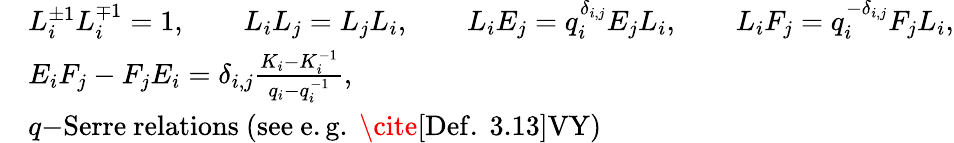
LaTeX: \begin{array}{rl}&{L_{i}^{\pm 1}L_{i}^{\mp 1}=1,\qquad L_{i}L_{j}=L_{j}L_{i},\qquad L_{i}E_{j}=q_{i}^{\delta_{i,j}}E_{j}L_{i},\qquad L_{i}F_{j}=q_{i}^{-\delta_{i,j}}F_{j}L_{i},}\\ &{E_{i}F_{j}-F_{j}E_{i}=\delta_{i,j}\frac{K_{i}-K_{i}^{-1}}{q_{i}-q_{i}^{-1}},}\\ &{q\mathrm{-Serre~relations~(see~e.g.~\cite[Def.~3.13]{VY}})}\end{array}